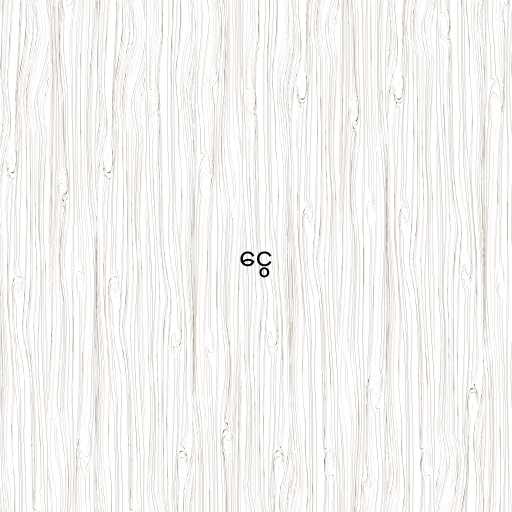
ငွေ